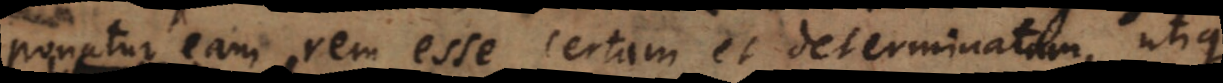
ponatur eam rem esse certam et determinatam, utique